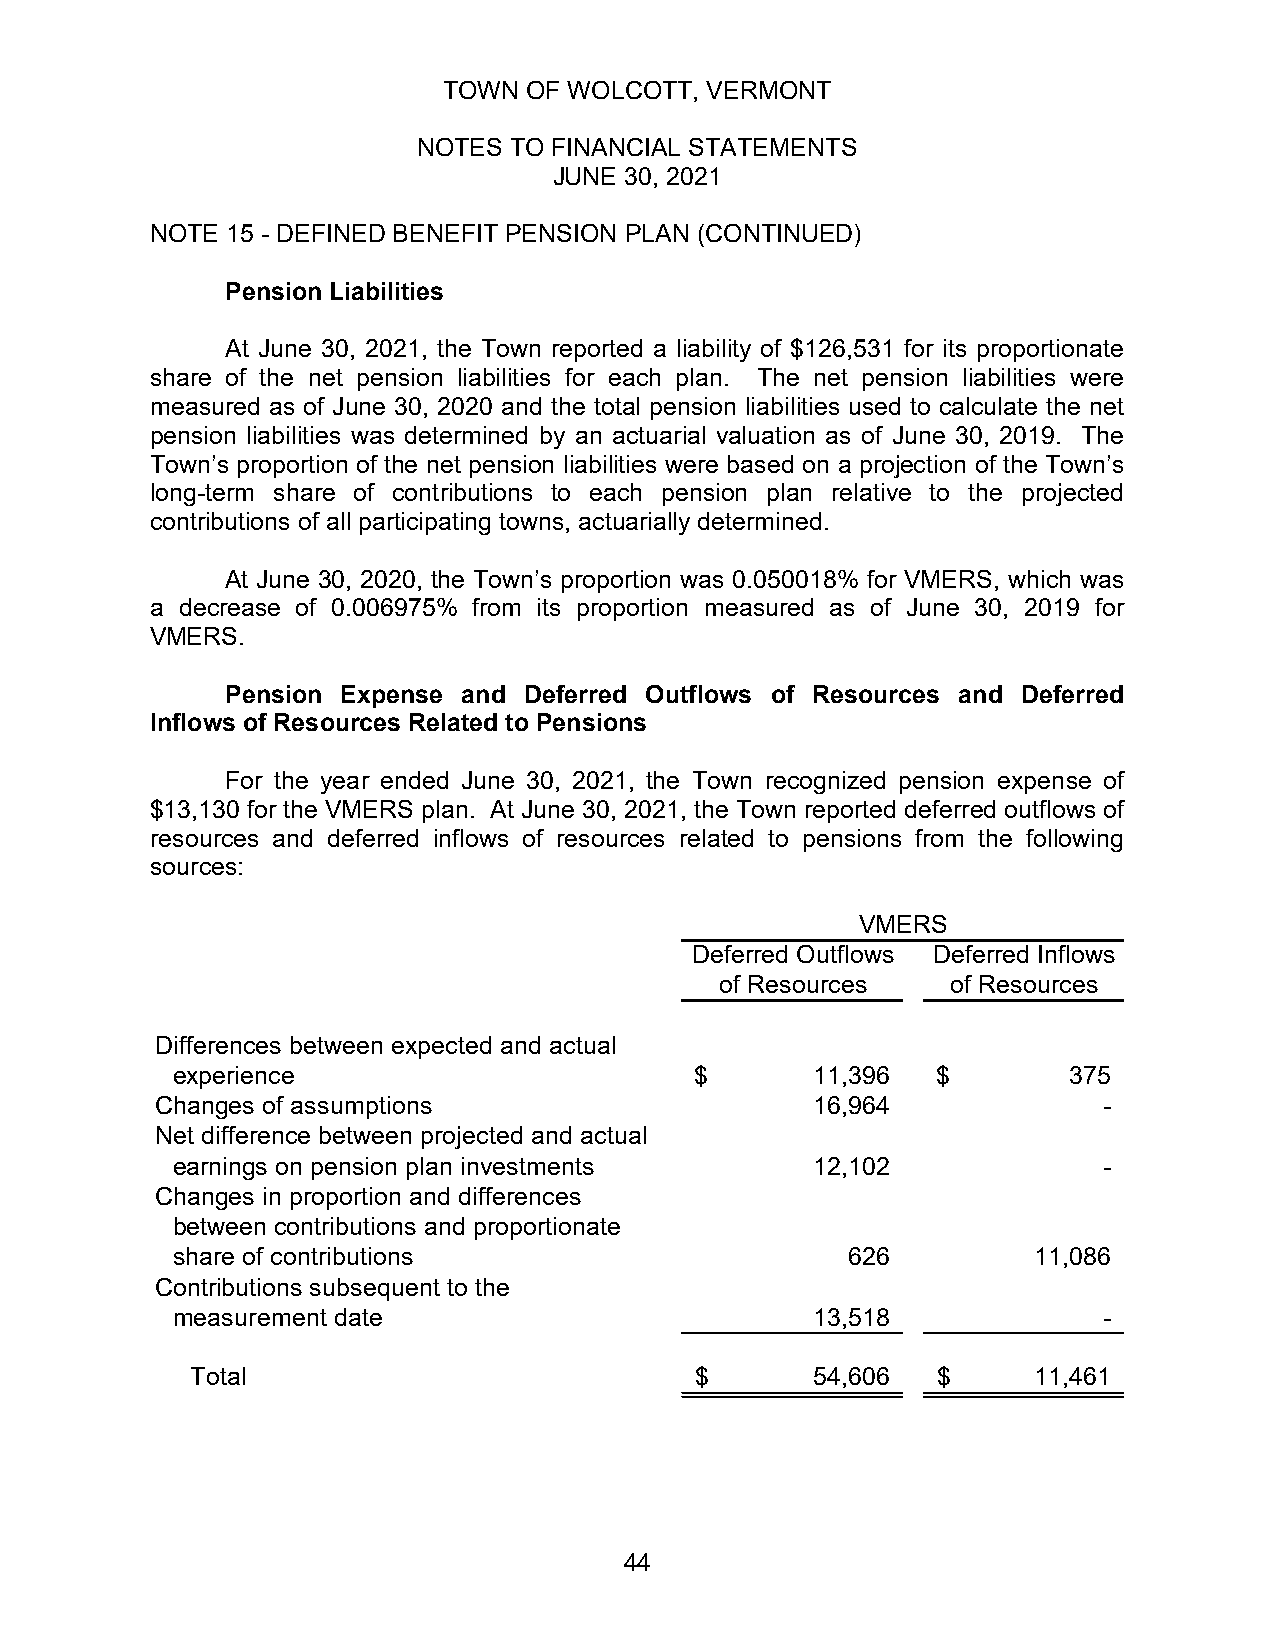
TOWN  OF WOLCOTT, VERMONT
 NOTES TO FINANCIAL STATEMENTS
 JUNE 30, 2021
 NOTE 15 - DEFINED BENEFIT PENSION PLAN (CONTINUED)
 Pension Liabilities
 At June 30, 2021, the Town reported a liability of $126,531 for its proportionate
 share of the net pension liabilities for each plan. The net pension liabilities were
 measured as of June 30, 2020 and the total pension liabilities used to calculate the net
 pension liabilities was determined by an actuarial valuation as of June 30, 2019. The
 Town’s proportion of the net pension liabilities were based on a projection of the Town’s
 long-term share of contributions to each pension plan relative to the projected
 contributions of all participating towns, actuarially determined.
 At June 30, 2020, the Town’s proportion was 0.050018% for VMERS, which was
 a decrease of 0.006975% from its proportion measured as of June 30, 2019 for
 VMERS.
 Pension Expense and Deferred Outflows of Resources and Deferred
 Inflows of Resources Related to Pensions
 For the year ended June 30, 2021, the Town recognized pension expense of
 $13,130 for the VMERS plan. At June 30, 2021, the Town reported deferred outflows of
 resources and deferred inflows of resources related to pensions from the following
 sources:
 VMERS
 Deferred Outflows Deferred Inflows
 of Resources   of Resources
 Differences between expected and actual
 experience                         $       1 1,396 $        3 75
 Changes of assumptions                      1 6,964            -
 Net difference between projected and actual
 earnings on pension plan investments       1 2,102            -
 Changes in proportion and differences
 between contributions and proportionate
 share of contributions                       6 26        1 1,086
 Contributions subsequent to the
 measurement date                           1 3,518            -
 Total                            $       5 4,606 $     1 1,461
 44